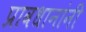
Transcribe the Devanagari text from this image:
प्रावधानांनी